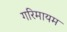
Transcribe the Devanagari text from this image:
गरिमायम